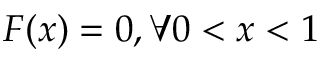
F ( x ) = 0 , \forall 0 < x < 1